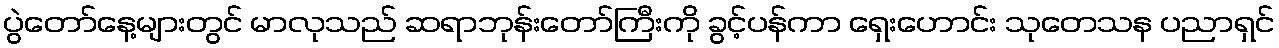
ပွဲတော်နေ့များတွင် မာလုသည် ဆရာဘုန်းတော်ကြီးကို ခွင့်ပန်ကာ ရှေးဟောင်း သုတေသန ပညာရှင်